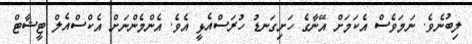
ލިބުނެވެ. ނަމަވެސް އެކަމަށް އޭނާގެ ހަށިގަނޑު ހުރަސްއެޅީ އެވެ. އެންމެންނަށް އެކްސްއެލް ޓީޝާޓް